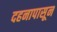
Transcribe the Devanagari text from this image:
दहनापासून